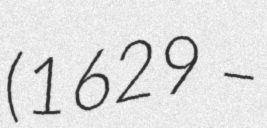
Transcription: (1629 –